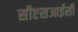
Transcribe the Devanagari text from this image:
सीएसआईसी